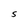
Character: S